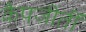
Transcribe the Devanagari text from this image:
कैपजीतीं